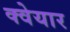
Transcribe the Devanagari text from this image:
क्वेयार